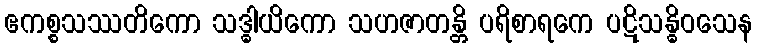
ဧကစ္စသဿတိကော သဒ္ဓါယိကော သဟဇာတန္တိ ပရိစာရကေ ပဋိသန္ဓိဝသေန